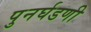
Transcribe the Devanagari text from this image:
पुनर्घडणी